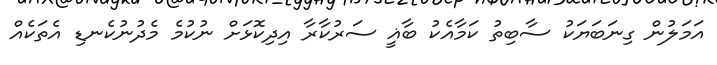
އަމަލުން ގިނަބަޔަކު ސާބިތު ކަމާއެކު ބާޣީ ސަރުކާރާ އިދިކޮޅަށް ނުކުމެ މެދުނުކެނޑި އެތަކެއް